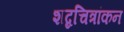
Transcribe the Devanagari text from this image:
शब्दचित्रांकन